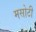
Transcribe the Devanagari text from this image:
मसोटी